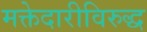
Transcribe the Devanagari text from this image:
मक्तेदारीविरुद्ध